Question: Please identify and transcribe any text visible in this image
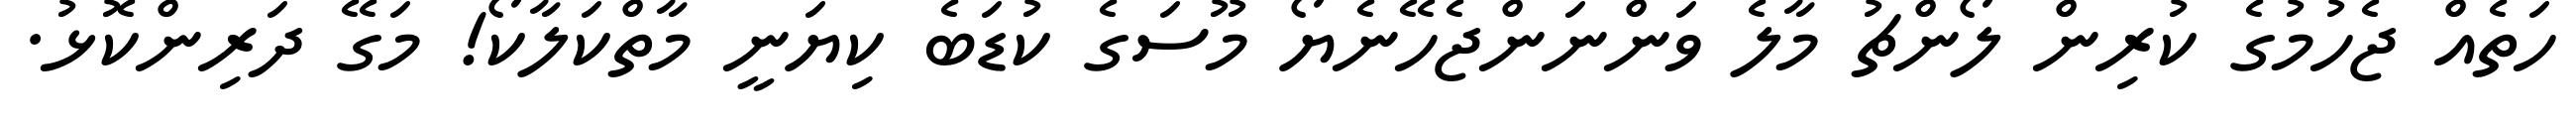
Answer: ހަތެއް ޖެހުމުގެ ކުރިން ލޯންޗު މާލެ ވަންނަންޖެހޭނެޔޯ މޫސަގެ ކުޑަބެ ކިޔަނީ މާތްކަލާކޯ! މަގޭ ދަރިންކޮޅު.